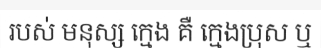
របស់ មនុស្ស ក្មេង គឺ ក្មេងប្រុស ឬ